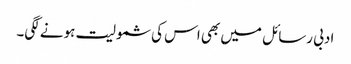
ادبی رسائل میں بھی اس کی شمولیت ہونے لگی۔